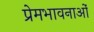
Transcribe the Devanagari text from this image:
प्रेमभावनाओं